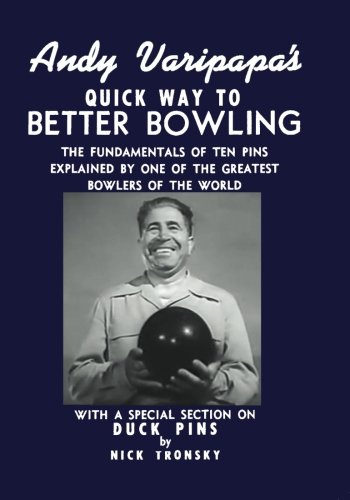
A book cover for Andy Varipapa's Quick Way to Better Bowling: With A Special Section on Duck Pins; Andy Varipapa; Sports & Outdoors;